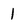
Character: 1